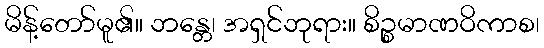
မိန့်တော်မူ၏။ ဘန္တေ၊ အရှင်ဘုရား။ စိဉ္စမာဏဝိကာစ၊